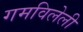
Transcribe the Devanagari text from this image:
गमविलेली